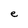
Character: e